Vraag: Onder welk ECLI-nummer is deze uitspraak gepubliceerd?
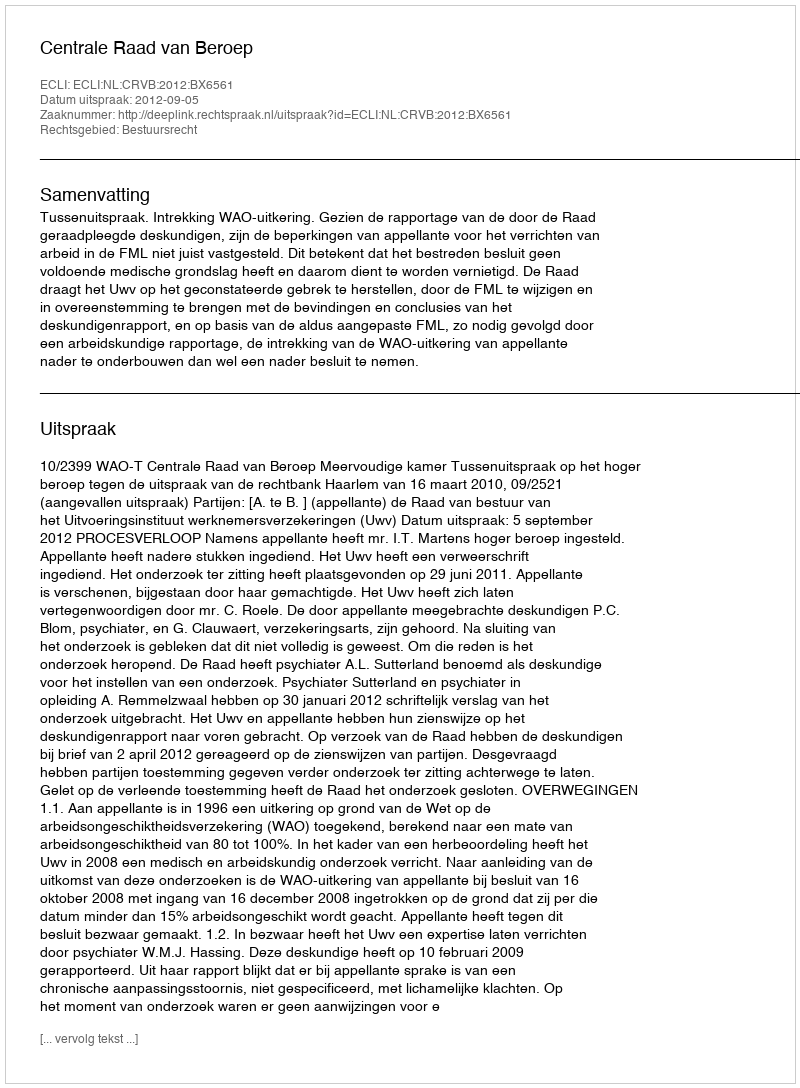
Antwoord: ECLI:NL:CRVB:2012:BX6561